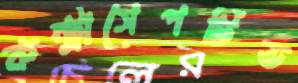
কন্ট্রাসেপটিভ